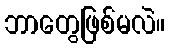
ဘာတွေဖြစ်မလဲ။